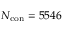
N _ { \mathrm { c o n } } = 5 5 4 6